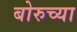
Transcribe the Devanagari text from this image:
बोरुच्या